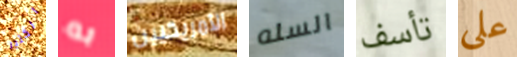
الكثير به الأمريكيين السله تأسف على